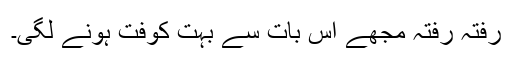
رفتہ رفتہ مجھے اس بات سے بہت کوفت ہونے لگی۔